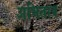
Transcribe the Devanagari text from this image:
अभिताब